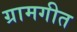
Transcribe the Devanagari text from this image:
ग्रामगीत